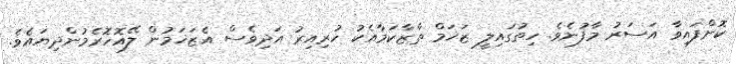
ކޮށްފައިވާ އަސަރު މާފުނެވެ. ހިތުގައިލީ ޒަޚަމް ތާޒާކަމާއެކު ހުރިއިރު އަދިވެސް އެޒަޚަމުން ލޭއޮހޮރެމުންދިޔައެވެ.